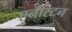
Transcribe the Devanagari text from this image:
एनीस्टन